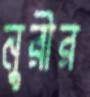
নুরীর